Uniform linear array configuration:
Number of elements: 48
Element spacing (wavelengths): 1
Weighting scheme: kaiser
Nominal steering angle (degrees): -15
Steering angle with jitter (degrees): -15.089
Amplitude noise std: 0.05
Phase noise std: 0.05

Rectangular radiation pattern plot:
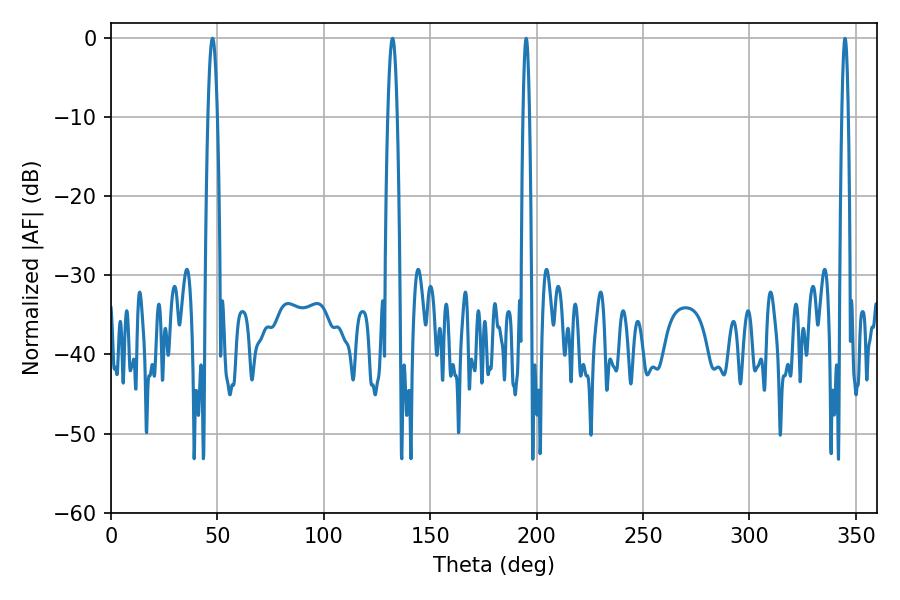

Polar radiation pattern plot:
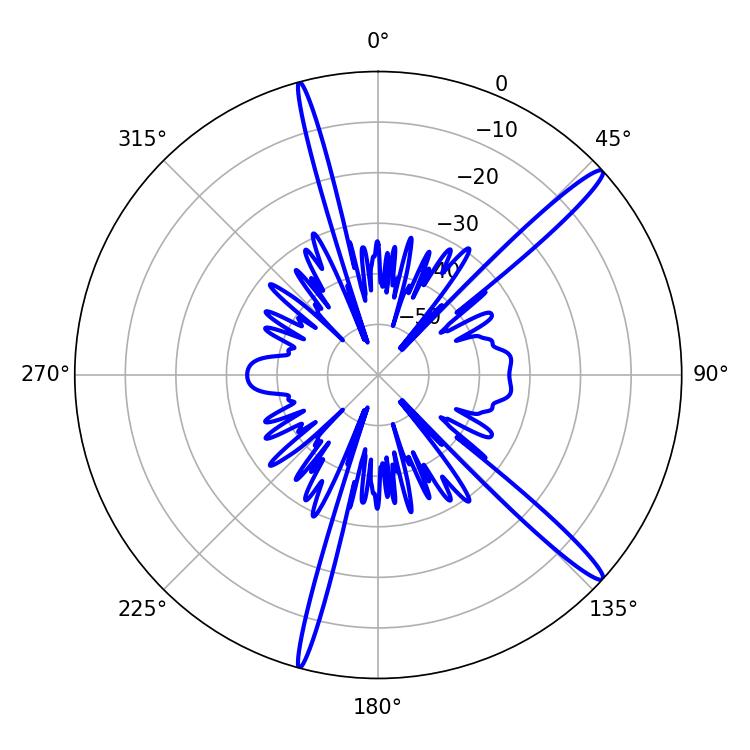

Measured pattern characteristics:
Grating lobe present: TRUE
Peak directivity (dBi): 15.842
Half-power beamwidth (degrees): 2.34
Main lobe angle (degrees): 47.7